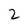
Character: 2